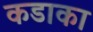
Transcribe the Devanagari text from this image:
कडाका